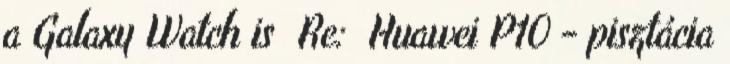
a Galaxy Watch is Re: Huawei P10 - pisztácia